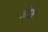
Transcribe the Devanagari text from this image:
जेफ्रे